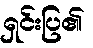
ရှင်းပြ၏